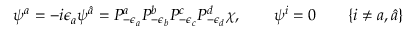
\psi ^ { a } = - i \epsilon _ { a } \psi ^ { \hat { a } } = P _ { - \epsilon _ { a } } ^ { a } P _ { - \epsilon _ { b } } ^ { b } P _ { - \epsilon _ { c } } ^ { c } P _ { - \epsilon _ { d } } ^ { d } \chi , \qquad \psi ^ { i } = 0 \qquad \{ i \ne a , \hat { a } \}